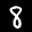
Label: 8